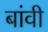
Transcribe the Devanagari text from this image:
बांवी